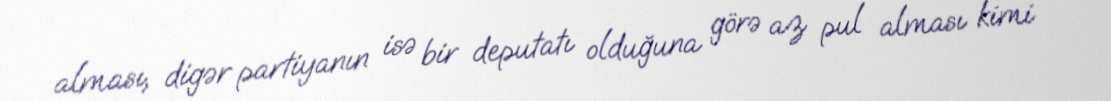
alması, digər partiyanın isə bir deputatı olduğuna görə az pul alması kimi